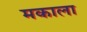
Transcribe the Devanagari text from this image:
मकाला